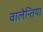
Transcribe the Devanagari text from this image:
वालेन्तिया